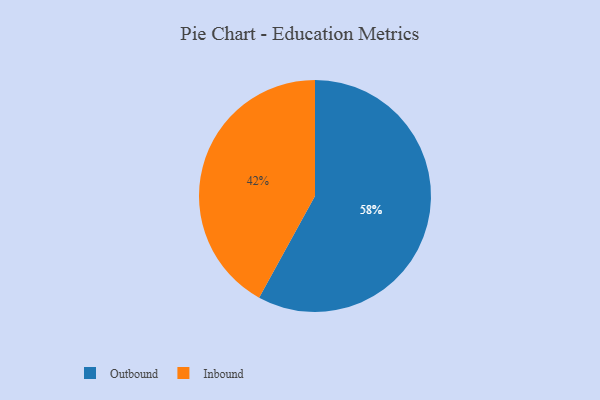
{"axis": {"x": "Category", "y": "Percentage"}, "legend": ["Inbound", "Outbound"], "data": [{"x": "Inbound", "y": 42, "type": "Inbound"}, {"x": "Outbound", "y": 58, "type": "Outbound"}]}